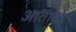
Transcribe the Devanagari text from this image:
आतादों